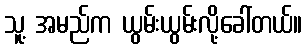
သူ့ အမည်က ယွမ်းယွမ်းလို့ခေါ်တယ်။